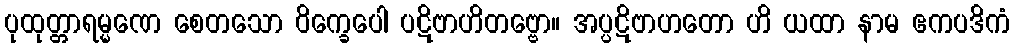
ပုထုတ္တာရမ္မဏေ စေတသော ဝိက္ခေပေါ ပဋိဗာဟိတဗ္ဗော။ အပ္ပဋိဗာဟတော ဟိ ယထာ နာမ ဧကပဒိကံ